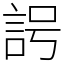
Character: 𧦢